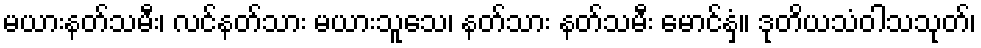
မယားနတ်သမီး၊ လင်နတ်သား မယားသူသေ၊ နတ်သား နတ်သမီး မောင်နှံ။ ဒုတိယသံဝါသသုတ်၊